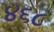
૪૬૮